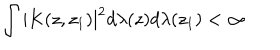
LaTeX: \int | K ( z , z _ { 1 } ) | ^ { 2 } d \lambda ( z ) d \lambda ( z _ { 1 } ) < \infty